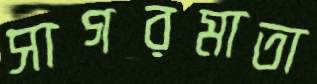
সাগরমাতা